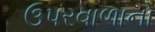
ઉપરવાળાનો